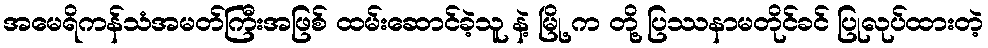
အမေရိကန်သံအမတ်ကြီးအဖြစ် ထမ်းဆောင်ခဲ့သူ နဲ့ မြို့ က တို့ ပြဿနာမတိုင်ခင် ပြုလုပ်ထားတဲ့